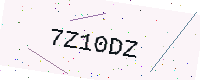
Text: 7Z10DZ